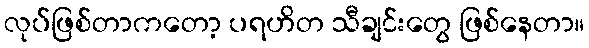
လုပ်ဖြစ်တာကတော့ ပရဟိတ သီချင်းတွေ ဖြစ်နေတာ။